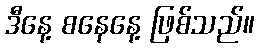
ဒီနေ့ စနေနေ့ ဖြစ်သည်။